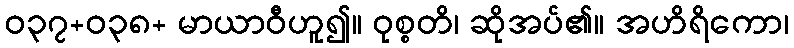
ဝ၃၇+၀၃၈+ မာယာဝီဟူ၍။ ဝုစ္စတိ၊ ဆိုအပ်၏။ အဟိရိကော၊